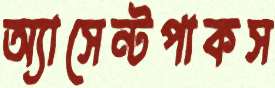
অ্যাসেন্টপাকস